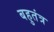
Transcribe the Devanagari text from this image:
बहुतंत्र